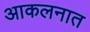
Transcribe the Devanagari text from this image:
आकलनात